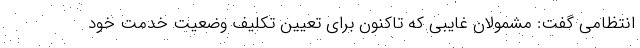
انتظامی گفت: مشمولان غایبی که تاکنون برای تعیین تکلیف وضعیت خدمت خود